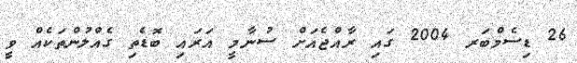
26 ޑިސެމްބަރ 2004 ގައި ރާއްޖެއަށް ސުނާމީ އަރައި ބޮޑެތި ގެއްލުންތަކެއް ވީ